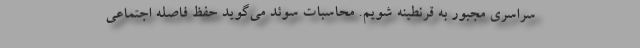
سراسری مجبور به قرنطینه شویم. محاسبات سوئد می‌گوید حفظ فاصله ‌اجتماعی